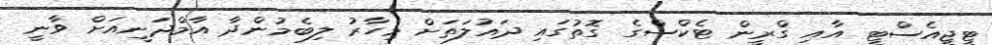
ޓީޖީއެސްޓީ އާއި ގްރީން ޓެކްސްގެ ގޮތުގައި ދައުލަތަށް މިހާރު ލިބެމުންދާ އާމްދަނީއަށް ވާނީ